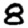
Digit: 8